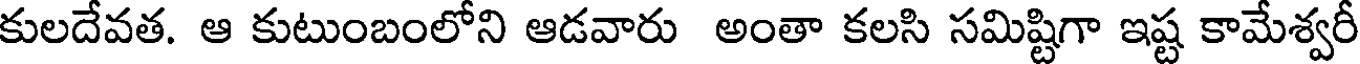
కులదేవత. ఆ కుటుంబంలోని ఆడవారు అంతా కలసి సమిష్టిగా ఇష్ట కామేశ్వరీ